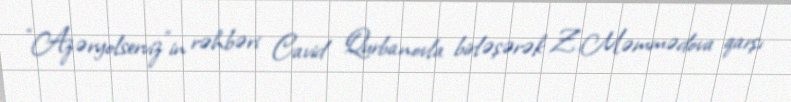
“Azəryolserviz”in rəhbəri Cavid Qurbanovla birləşərək Z.Məmmədova qarşı